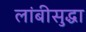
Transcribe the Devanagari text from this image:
लांबीसुद्धा